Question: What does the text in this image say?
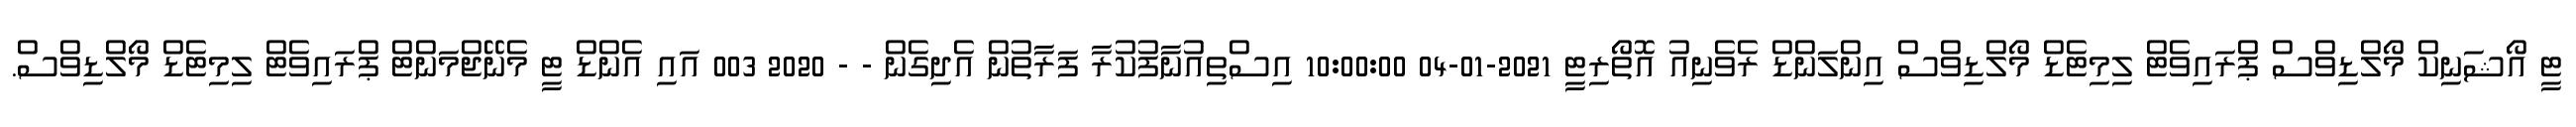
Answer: ޓީ އޯޝަނިކް މޯލްޑިވްސް ޕްރައިވެޓް ލިމިޓެޑް މޯލްޑިވްސް އިންލަންޑް ރެވެނިއު އޮތޯރިޓީ 2021-01-04 10:00:00 އިސްތިއުނާފުކުރާ ފަރާތުން އެދިގެން - - 2020 003 އައި އެންޑް ޓީ މެނޭޖްމަންޓް ޕްރައިވެޓް ލިމިޓެޑް މޯލްޑިވްސް.